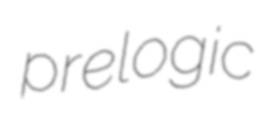
prelogic